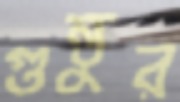
গুন্তুর